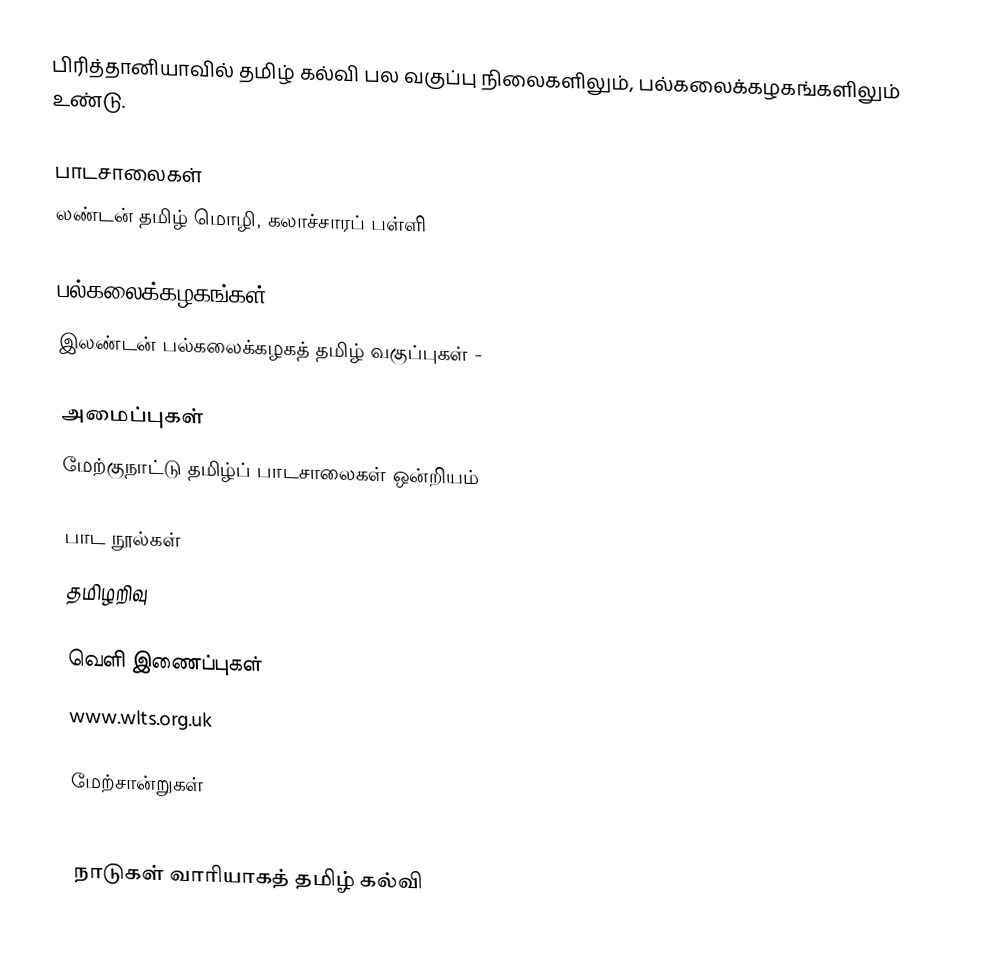
பிரித்தானியாவில் தமிழ் கல்வி பல வகுப்பு நிலைகளிலும், பல்கலைக்கழகங்களிலும் உண்டு.

பாடசாலைகள்
 லண்டன் தமிழ் மொழி, கலாச்சாரப் பள்ளி

பல்கலைக்கழகங்கள்
 இலண்டன் பல்கலைக்கழகத் தமிழ் வகுப்புகள் -

அமைப்புகள்
 மேற்குநாட்டு தமிழ்ப் பாடசாலைகள் ஒன்றியம்

பாட நூல்கள்
 தமிழறிவு

வெளி இணைப்புகள்
 www.wlts.org.uk

மேற்சான்றுகள்

நாடுகள் வாரியாகத் தமிழ் கல்வி